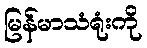
မြန်မာသံရုံးကို